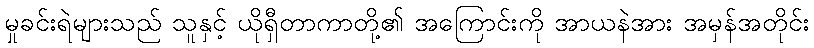
မှုခင်းရဲများသည် သူနှင့် ယိုရှီတာကာတို့၏ အကြောင်းကို အာယနဲအား အမှန်အတိုင်း